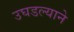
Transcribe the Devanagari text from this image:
उघडल्याने